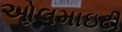
ઓલમાઇટી